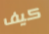
كيف